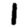
Digit: 1